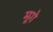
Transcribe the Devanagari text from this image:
मूगे